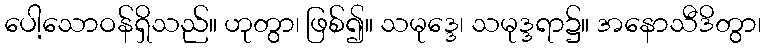
ပေါ့သောဝန်ရှိသည်။ ဟုတွာ၊ ဖြစ်၍။ သမုဒ္ဒေ၊ သမုဒ္ဒရာ၌။ အနောသီဒိတွာ၊